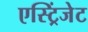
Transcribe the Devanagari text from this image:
एस्ट्रिंजेट